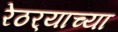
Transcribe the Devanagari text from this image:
रेठर्‍याच्या